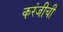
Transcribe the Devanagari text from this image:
करंजीची